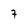
Character: 7